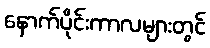
နောက်ပိုင်းကာလများတွင်